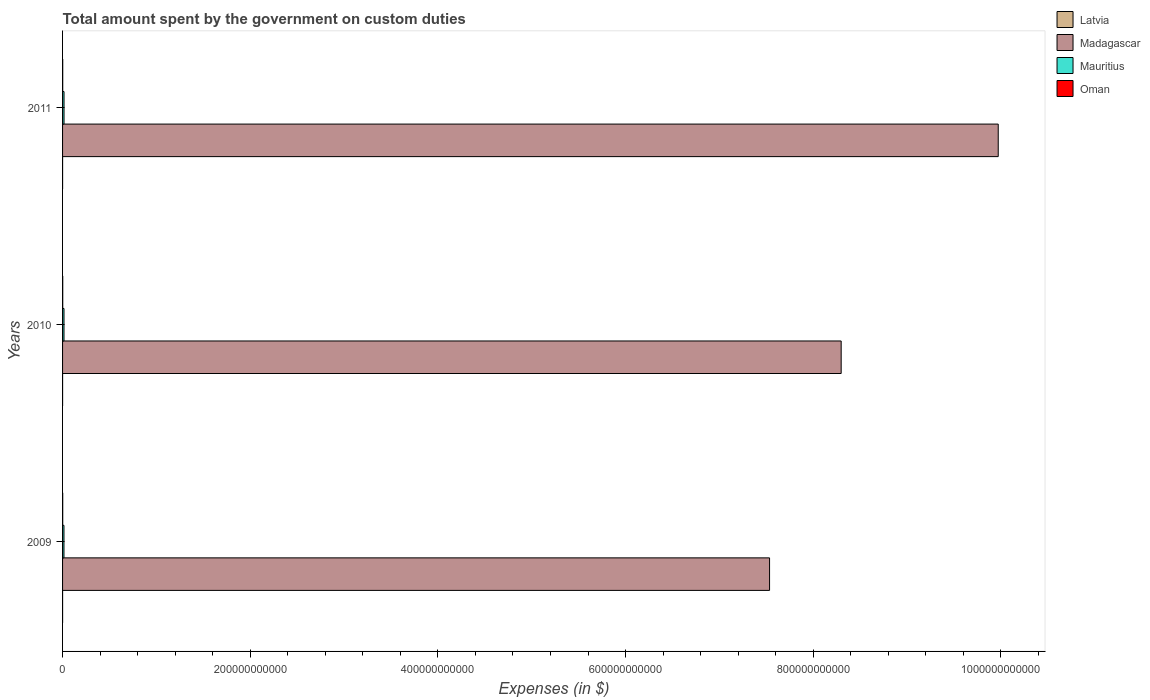
| Years | Latvia | Madagascar | Mauritius | Oman |
 | --- | --- | --- | --- | --- |
 | 2009 | 1.51e+07 | 7.53e+11 | 1.5e+09 | 1.58e+08 |
 | 2010 | 1.73e+07 | 8.3e+11 | 1.53e+09 | 1.8e+08 |
 | 2011 | 2.09e+07 | 9.97e+11 | 1.56e+09 | 1.61e+08 |